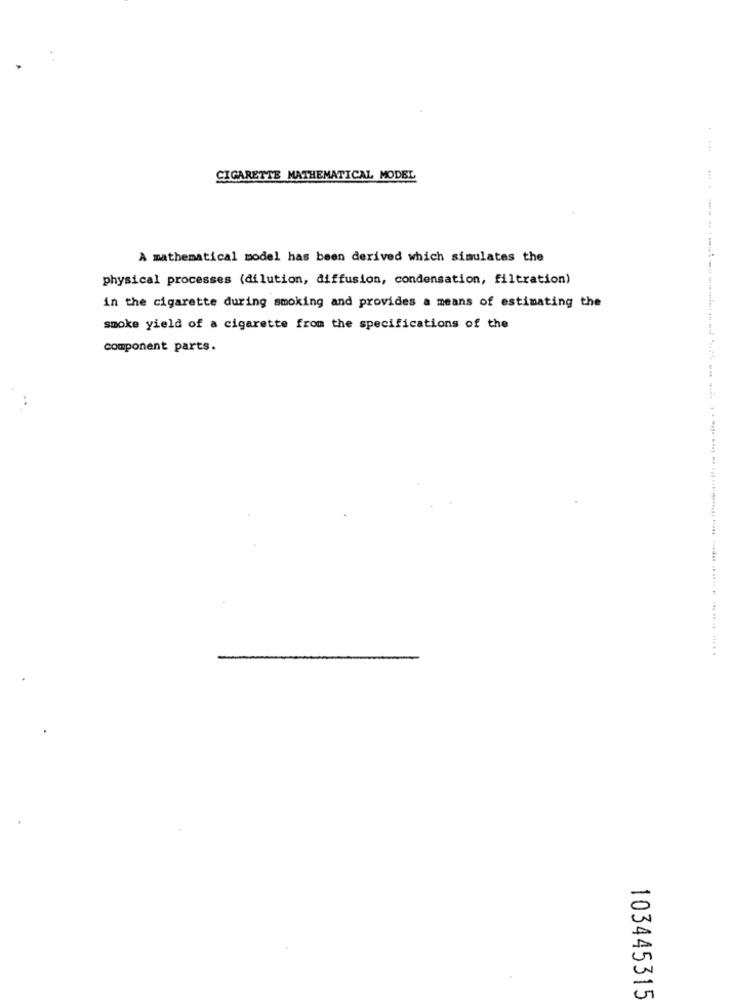
CIGARETTE MATHEMATICAL MODEL
A mathematical model has been derived which simulates the
physical processes (dilution, diffusion, condensation, filtration)
in the cigarette during smoking and provides a means of estimating the
smoke yield of a cigarette from the specifications of the
component parts.
103445315